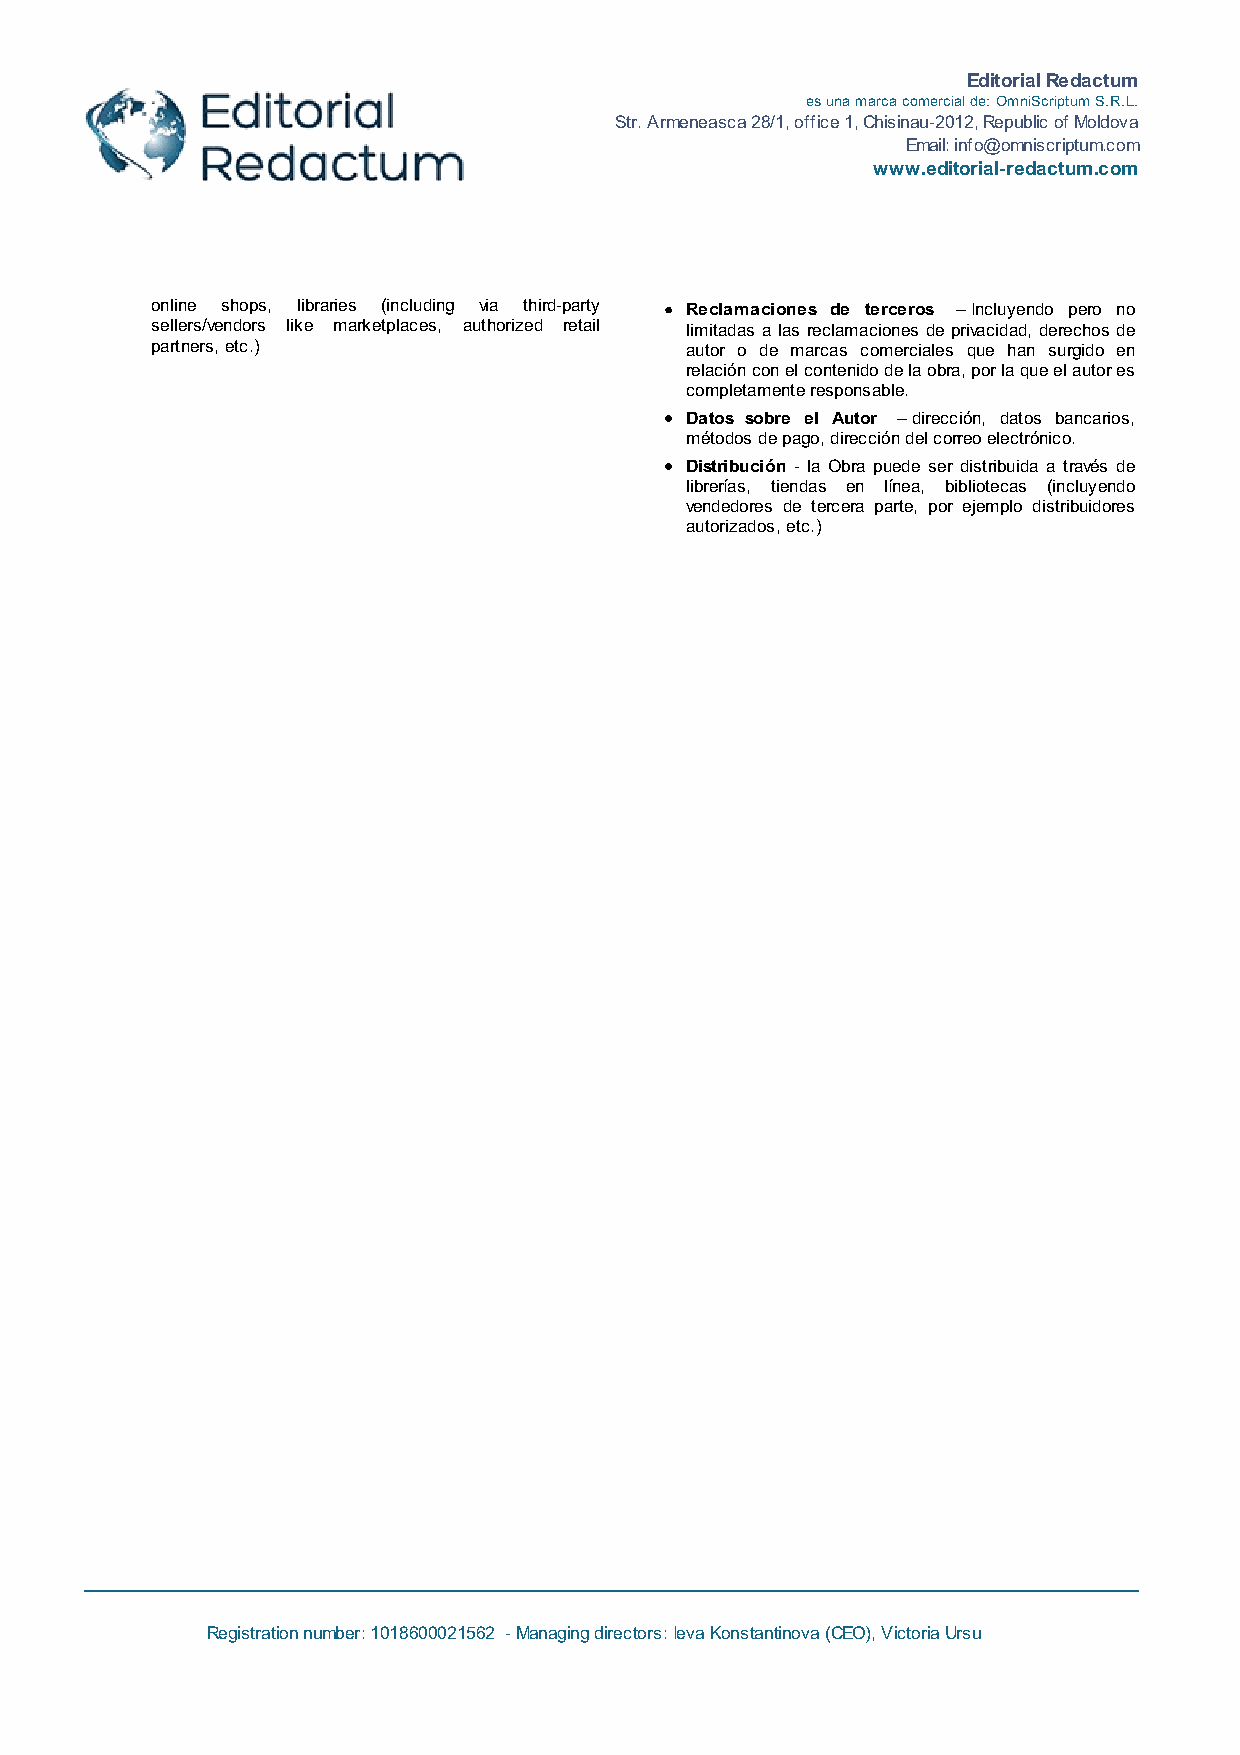
Editorial Redactum
 es una marca comercial de: OmniScriptum S.R.L.
 Str. Armeneasca 28/1, office 1, Chisinau-2012, Republic of Moldova
 Email: info@omniscriptum.com
 www.editorial-redactum.com
 online shops, libraries (including via third-party Reclamaciones de terceros – Incluyendo pero no
 sellers/vendors like marketplaces, authorized retail limitadas a las reclamaciones de privacidad, derechos de
 partners, etc.)                    autor o de marcas comerciales que han surgido en
 relación con el contenido de la obra, por la que el autor es
 completamente responsable.
 Datos sobre el Autor – dirección, datos bancarios,
 métodos de pago, dirección del correo electrónico.
 Distribución - la Obra puede ser distribuida a través de
 librerías, tiendas en línea, bibliotecas (incluyendo
 vendedores de tercera parte, por ejemplo distribuidores
 autorizados, etc.)
 Registration number: 1018600021562 - Managing directors: Ieva Konstantinova (CEO), Victoria Ursu